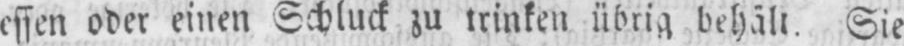
essen oder einen Schluck zu trinken übrig behält. Sie